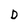
Character: D